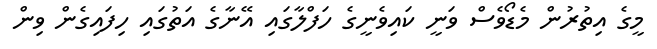
މީގެ އިތުރުން މެޑޯވެސް ވަނީ ކައިވެނީގެ ހަފްލާގައި އޭނާގެ އަތުގައި ހިފައިގެން ވިން